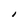
Character: I